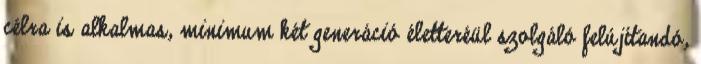
célra is alkalmas, minimum két generáció életteréül szolgáló felújítandó,